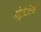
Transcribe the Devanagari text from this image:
मेट्रोजेटचे